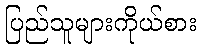
ပြည်သူများကိုယ်စား